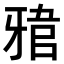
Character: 𤘎